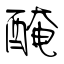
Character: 醃